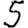
Digit: 5